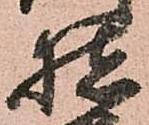
猪